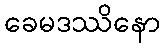
ခေမဒဿိနော